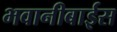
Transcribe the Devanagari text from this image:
भवानीबाईस